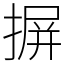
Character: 摒